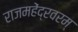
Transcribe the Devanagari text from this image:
राजमहेंद्रवरम्